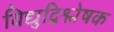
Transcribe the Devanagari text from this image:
विद्युद्विश्लेषक